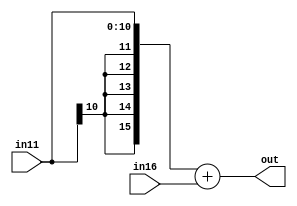
module ADD11_16(in11,in16,out);
input[10:0]in11;
input[15:0]in16;
output[15:0]out;

wire[15:0]temp;
assign temp={{(5){in11[10]}},in11};
assign out=temp+in16;
endmodule